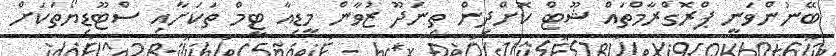
ބޭނުންވަނީ ޕްރޮގްރާމްތައް ޝޫޓް ކޮށްދިން ތިނަދޫ ޒުވާން މީޑިއާ ޓީމް ތަކަށާއި ސްޓޫޑިޔޯތަކަށް